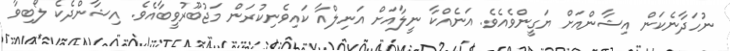
ނުހަދާނެކަން އިޝާންއަށް ޔަގީންވެއެވެ. އަނެއްކާ ނީލާއަށް އަނިލްއާ ކައިވެނިކުރަން މަޖުބޫރުވީބާއެވެ. އިޝާންދެކެ ލޯބިވާ